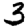
Digit: 3